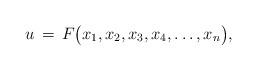
LaTeX: \begin{align*}u\,=\,F\big(x_1,x_2,x_3,x_4,\dots,x_n\big),\end{align*}